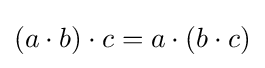
(a\cdot b)\cdot c=a\cdot (b\cdot c)